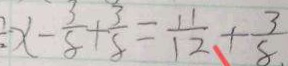
x - \frac { 3 } { 8 } + \frac { 3 } { 8 } = \frac { 1 1 } { 1 2 } + \frac { 3 } { 8 . }